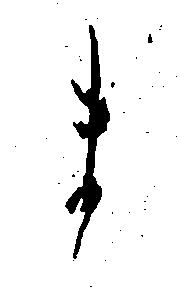
ま